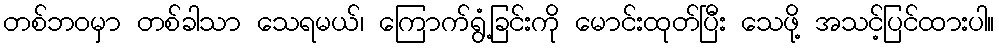
တစ်ဘဝမှာ တစ်ခါသာ သေရမယ်၊ ကြောက်ရွံ့ခြင်းကို မောင်းထုတ်ပြီး သေဖို့ အသင့်ပြင်ထားပါ။